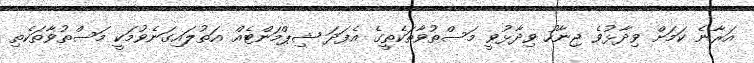
އަރާނެ ކަމަށް ވިދާޅުވެ ޖިނާހު ވިދާޅުވީ މަސްތުވާތަކެތީގެ އެފަދަ ޝިޕްމަންޓެއް އަތުލައިގަނެވުމަކީ މަސްތުވާތަކެތި